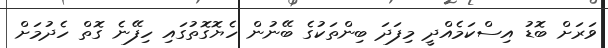
ވަރަށް ބޮޑު އިސްކަމެއްދީ މިފަދަ ބިންތަކުގެ ބޭނުން ހެޔޮގޮތުގައި ހިފޭނެ ގޮތް ހެދުމަށް